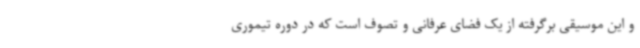
و این موسیقی برگرفته از یک فضای عرفانی و تصوف است که در دوره تیموری